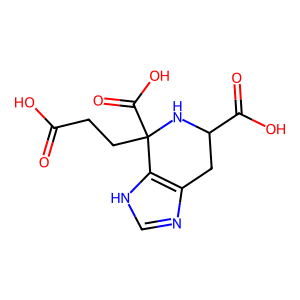
SMILES: O=C(O)CCC1(C(=O)O)NC(C(=O)O)Cc2nc[nH]c21
Inhibits HIV replication: No